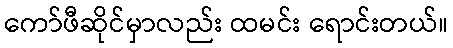
ကော်ဖီဆိုင်မှာလည်း ထမင်း ရောင်းတယ်။